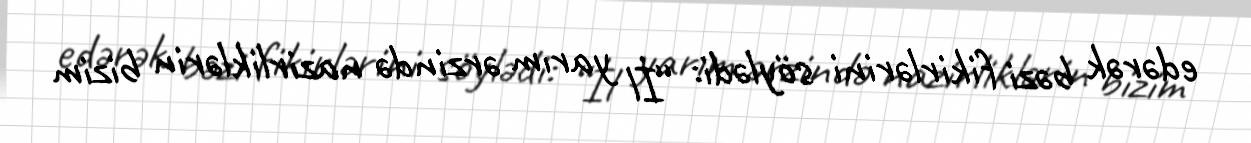
edərək bəzi fikirlərini söylədi: “İl yarım ərzində nazirliklərin bizim